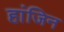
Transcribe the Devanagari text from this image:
हांजिन